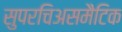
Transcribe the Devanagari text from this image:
सुपरचिअसमैटिक